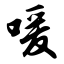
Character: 嗳